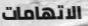
الاتهامات